Report of the Indian Hemp Drugs Commission, 1894-1895 - Volume II
Year: 1894
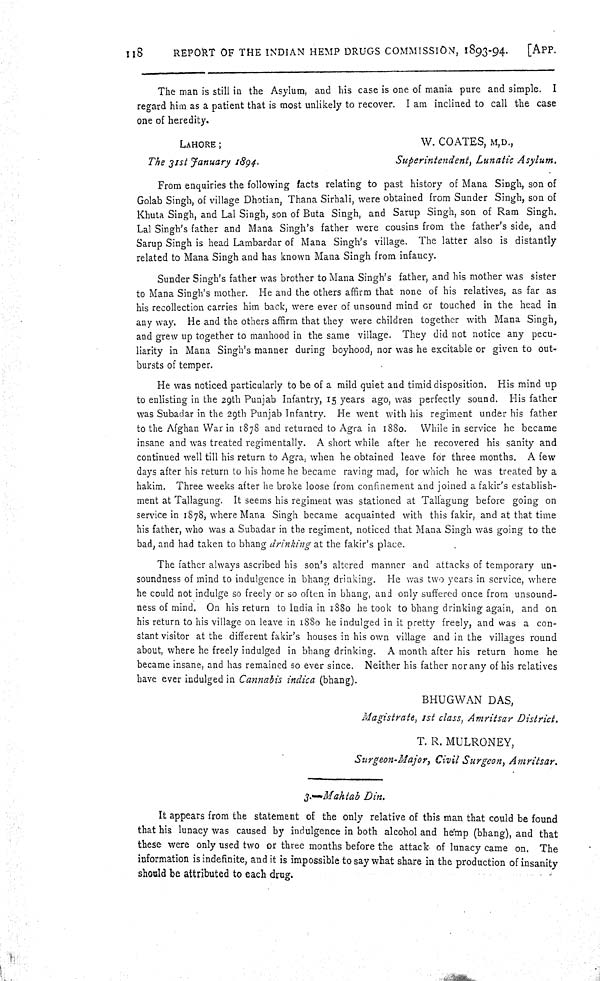
118
REPORT OF THE INDIAN HEMP DRUGS COMMISSION, 1893-94.
[APP.
The man is still in the Asylum, and his case is one of mania pure and simple. I
regard him as a patient that is most unlikely to recover. I am inclined to call the case
one of heredity.
LAHORE;
W. COATES, M,D.,
The 31st January 1894.
Superintendent,
Lunatic Asylum.
From enquiries the following facts relating to past history of Mana Singh, son of
Golab Singh, of village Dhotian, Thana Sirhali, were obtained from Sunder Singh, son of
Khuta Singh, and Lal Singh, son of Buta Singh, and Sarup Singh, son of Ram Singh.
Lal Singh's father and Mana Singh's father were cousins from the father's side, and
Sarup Singh is head Lambardar of Mana Singh's village. The latter also is distantly
related to Mana Singh and has known Mana Singh from infancy.
Sunder Singh's father was brother to Mana Singh's father, and his mother was sister
to Mana Singh's mother. He and the others affirm that none of his relatives, as far as
his recollection carries him back, were ever of unsound mind or touched in the head in
any way. He and the others affirm that they were children together with Mana Singh,
and grew up together to manhood in the same village. They did not notice any pecu-
liarity in Mana Singh's manner during boyhood, nor was he excitable or given to out-
bursts of temper.
He was noticed particularly to be of a mild quiet and timid disposition. His mind up
to enlisting in the 29th Punjab Infantry, 15 years ago, was perfectly sound. His father
was Subadar in the 29th Punjab Infantry. He went with his regiment under his father
to the Afghan War in 1878 and returned to Agra in 1880. While in service he became
insane and was treated regimentally. A short while after he recovered his sanity and
continued well till his return to Agra, when he obtained leave for three months. A few
days after his return to his home he became raving mad, for which he was treated by a
hakim. Three weeks after he broke loose from confinement and joined a fakir's establish-
ment at Tallagung. It seems his regiment was stationed at Tallagung before going on
service in 1878, where Mana Singh became acquainted with this fakir, and at that time
his father, who was a Subadar in the regiment, noticed that Mana Singh was going to the
bad, and had taken to bhang drinking at the fakir's place.
The father always ascribed his son's altered manner and attacks of temporary un-
soundness of mind to indulgence in bhang drinking. He was two years in service, where
he could not indulge so freely or so often in bhang, and only suffered once from unsound-
ness of mind. On his return to India in 1880 he took to bhang drinking again, and on
his return to his village on leave in 1880 he indulged in it pretty freely, and was a con-
stant visitor at the different fakir's houses in his own village and in the villages round
about, where he freely indulged in bhang drinking. A month after his return home he
became insane, and has remained so ever since. Neither his father nor any of his relatives
have ever indulged in Cannabis indica (bhang).
BHUGWAN DAS,
Magistrate, 1st class, Amritsar
District.
T. R. MULRONEY,
Surgeon-Major, Civil Surgeon,
Amritsar.
3.-Mahtab
Din.
It appears from the statement of the only relative of this man that could be found
that his lunacy was caused by indulgence in both alcohol and hemp (bhang), and that
these were only used two or three months before the attack of lunacy came on. The
information is indefinite, and it is impossible to say what share in the production of insanity
should be attributed to each drug.